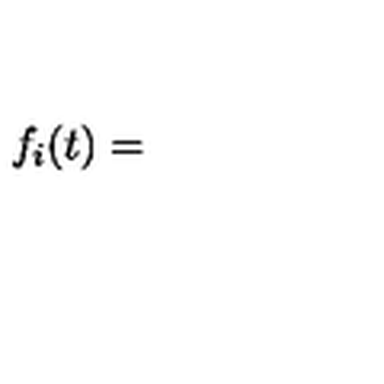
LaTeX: f _ { i } ( t ) =